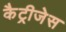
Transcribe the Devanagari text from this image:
कैट्रीजेस